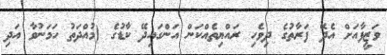
ވަޒީފާއަށް އެދޭ ފަރާތުގެ ދިވެހި ރައްޔިތެއްކަން އަންގައިދޭ ކާޑުގެ (މުއްދަތު ހަމަނުވާ އަދި